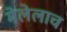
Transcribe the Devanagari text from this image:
मेलेलाच